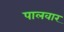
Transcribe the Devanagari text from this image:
पालवार